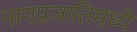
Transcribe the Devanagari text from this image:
नागप्रजातिमध्ये